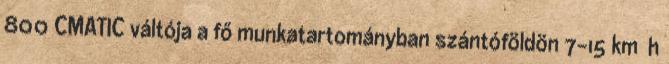
800 CMATIC váltója a fő munkatartományban szántóföldön 7-15 km h